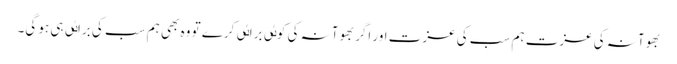
بھوآنہ کی عزت ہم سب کی عزت اور اگر بھوآنہ کی کوٸی براٸی کرے تو وہ بھی ہم سب کی براٸی ہی ہو گی۔